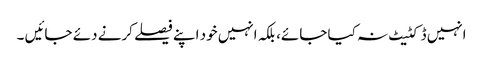
انہیں ڈکٹیٹ نہ کیا جائے، بلکہ انہیں خود اپنے فیصلے کرنے دئے جائیں ۔